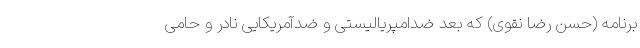
برنامه (حسن رضا نقوی) که بُعد ضدامپریالیستی و ضدآمریکایی نادر و حامی